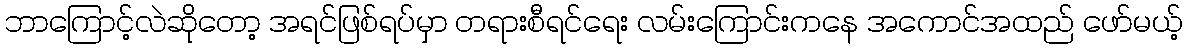
ဘာကြောင့်လဲဆိုတော့ အရင်ဖြစ်ရပ်မှာ တရားစီရင်ရေး လမ်းကြောင်းကနေ အကောင်အထည် ဖော်မယ့်